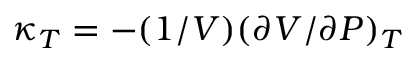
\kappa _ { T } = - ( 1 / V ) ( \partial V / \partial P ) _ { T }